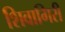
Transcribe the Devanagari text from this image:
शिवागिरी